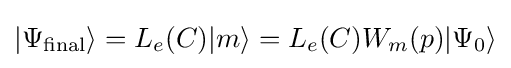
|\Psi _{\text{final}}\rangle =L_{e}(C)|m\rangle =L_{e}(C)W_{m}(p)|\Psi _{0}\rangle